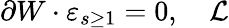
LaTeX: \partial W\cdot\varepsilon_{s\geq 1}=0,\quad\mathcal{L}